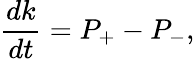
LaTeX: \frac{dk}{dt}=P_{+}-P_{-},